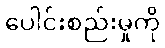
ပေါင်းစည်းမှုကို